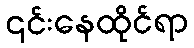
၎င်းနေထိုင်ရာ